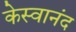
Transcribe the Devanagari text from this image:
केस्वानंद